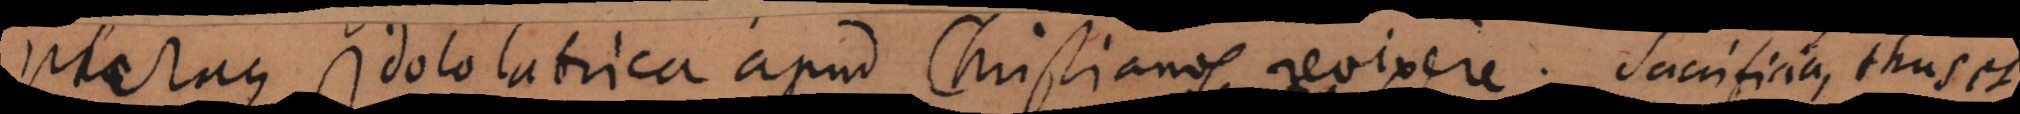
Pleraque idololatrica apud Christianos revixere: Sacrificia, thus et